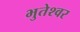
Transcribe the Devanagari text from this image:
भुतेश्वर